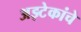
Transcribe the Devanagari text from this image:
अझ्टेकांचे